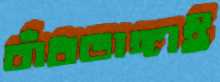
বাঁধভাঙ্গাই